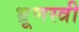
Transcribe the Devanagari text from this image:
भ्रूणस्त्री